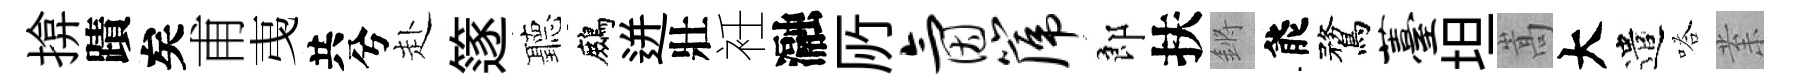
揜蹟矣甫𢎯共兮赴篴聽鷓迸壯衽瀜𠩄氤篪郎扶鏘能鶩薹坦嵩大遣嗒𭪙